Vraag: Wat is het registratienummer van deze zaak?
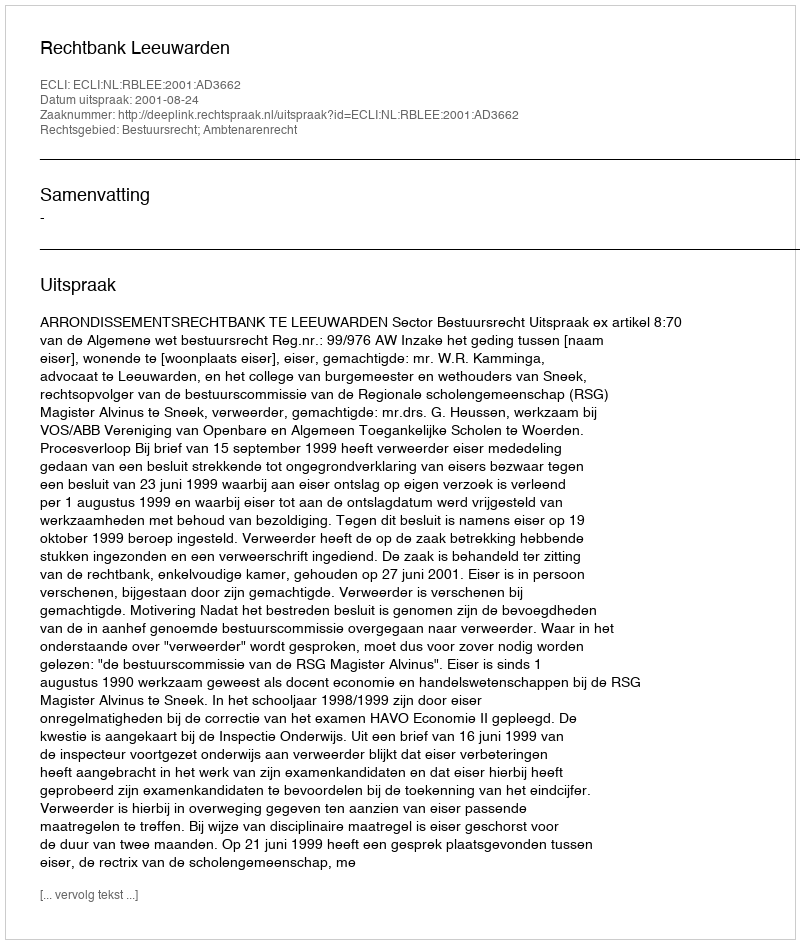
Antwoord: http://deeplink.rechtspraak.nl/uitspraak?id=ECLI:NL:RBLEE:2001:AD3662